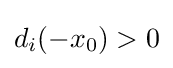
d_{i}(-x_{0})>0